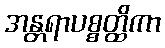
အန္တရာပစ္စတ္ထိကာ